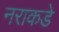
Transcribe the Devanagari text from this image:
नराकडे